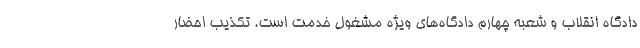
دادگاه انقلاب و شعبه چهارم دادگاه‌های ویژه مشغول خدمت است. تکذیب احضار